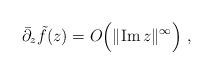
LaTeX: \begin{align*}\bar \partial_z\tilde f(z)=O\Big(\|{\rm Im}\, z\|^\infty\Big) \ ,\end{align*}